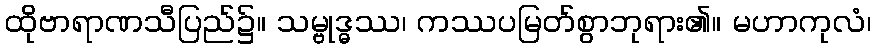
ထိုဗာရာဏသီပြည်၌။ သမ္ဗုဒ္ဓဿ၊ ကဿပမြတ်စွာဘုရား၏။ မဟာကုလံ၊